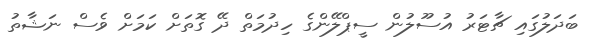
ބަދަލުގައި ޗާޓަރު އުސޫލުން ސީޕްލޭންގެ ހިދުމަތް ދޭ ގޮތަށް ކަަމަށް ވެސް ނަޝާތު